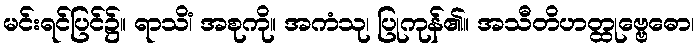
မင်းရင်ပြင်၌။ ရာသိံ၊ အစုကို။ အကံသု၊ ပြုကုန်၏။ အသီတိဟတ္ထုဗ္ဗေဓော၊